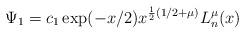
LaTeX: \begin{align*}\Psi _1=c_1\exp (-x/2)x^{\frac 12(1/2+\mu )}L_n^\mu (x)\end{align*}